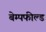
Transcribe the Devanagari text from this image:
बेम्पफील्ड